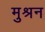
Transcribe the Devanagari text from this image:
मुश्रन